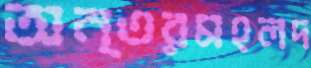
অন্তরমহলদ